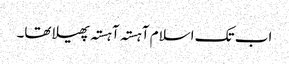
اب تک اسلام آہستہ آہستہ پھیلا تھا۔